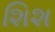
શિશ